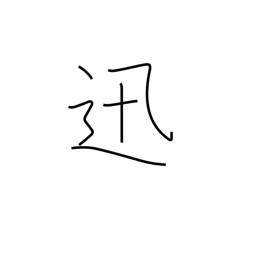
Meaning: swift